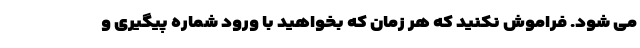
می شود. فراموش نکنید که هر زمان که بخواهید با ورود شماره پیگیری و